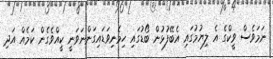
ނަމަވެސް ވީކްގެ އެ ލިޔުމުގައި އެބޭފުޅުން ބޯޑުގައި ހިމެނިވަޑައިގަންނަވަނީ ކީއްވެގެން ކަމެއް އަދި